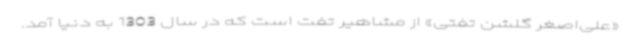
«علی‌اصغر گلشن تفتی» از مشاهیر تفت است که در سال 1303 به دنیا آمد.